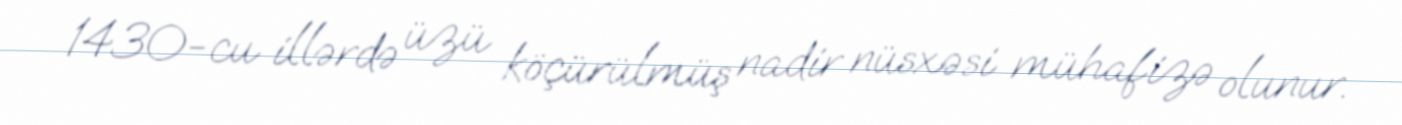
1430-cu illərdə üzü köçürülmüş nadir nüsxəsi mühafizə olunur.